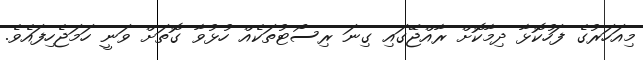
މިއަހަރުގެ ފަހުކޮޅާ ދިމާކޮށް ރާއްޖޭގައި ގިނަ ރިސޯޓުތަކެއް ހުޅުވާ ގޮތަށް ވަނީ ހަމަޖެހިފައެވެ.